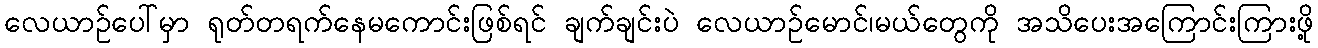
လေယာဉ်ပေါ်မှာ ရုတ်တရက်နေမကောင်းဖြစ်ရင် ချက်ချင်းပဲ လေယာဉ်မောင်၊မယ်တွေကို အသိပေးအကြောင်းကြားဖို့